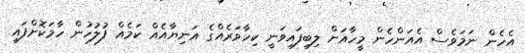
އެހެން ނަމަވެސް އެއަންހެން މީހާއަށް ލިބިފައިވަނީ ކިހާވަރެއްގެ އަނިޔާއެއް ކަމެއް ފުލުހުން ހާމަކޮށްފައި